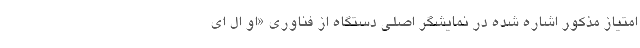
امتیاز مذکور اشاره شده در نمایشگر اصلی دستگاه از فناوری «او ال ای